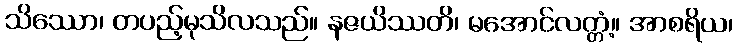
သိဿော၊ တပည့်မုသိလသည်။ နဇယိဿတိ၊ မအောင်လတ္တံ့။ အာစရိယ၊